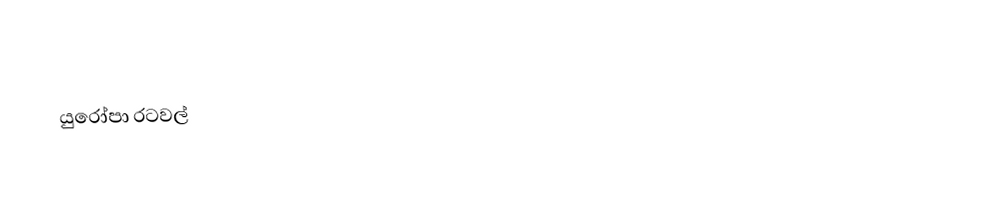
යුරෝපා රටවල්‎